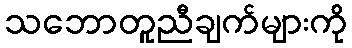
သဘောတူညီချက်များကို